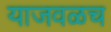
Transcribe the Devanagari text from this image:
याजवळच